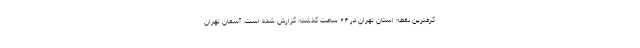
گرمترین نقطه استان تهران در ۲۴ ساعت گذشته گزارش شده است. آسمان تهران